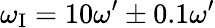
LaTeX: \omega_{\mathrm{{I}}}=10\omega^{\prime}\pm 0.1\omega^{\prime}